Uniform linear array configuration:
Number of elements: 64
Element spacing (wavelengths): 0.25
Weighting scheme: binomial
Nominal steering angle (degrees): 60
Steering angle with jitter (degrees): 61.276
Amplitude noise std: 0.05
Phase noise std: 0.05

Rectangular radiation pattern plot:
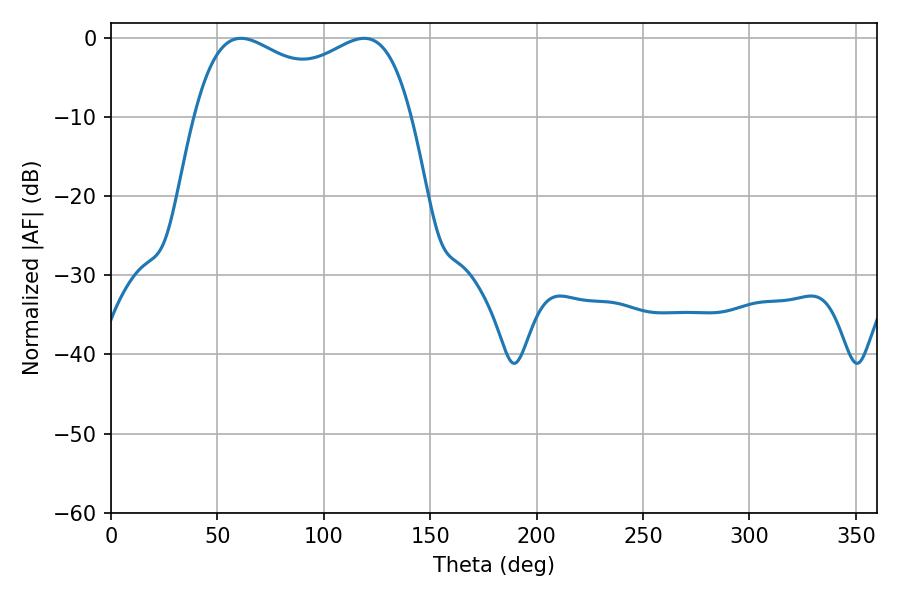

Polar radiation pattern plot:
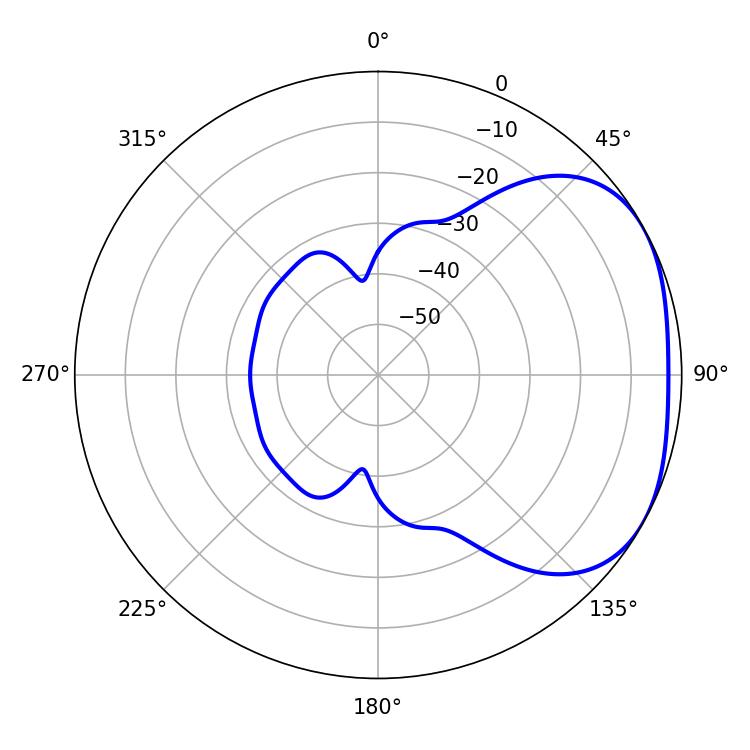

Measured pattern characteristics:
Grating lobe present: FALSE
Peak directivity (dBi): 2.633
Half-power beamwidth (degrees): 84.24
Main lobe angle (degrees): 61.02